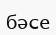
бәсе